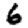
Digit: 6